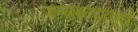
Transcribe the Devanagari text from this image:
इत्यक्षरद्वयम्।